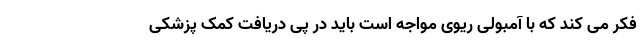
فکر می کند که با آمبولی ریوی مواجه است باید در پی دریافت کمک پزشکی